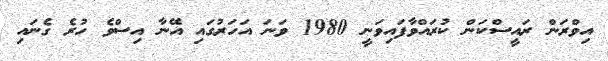
އިވްރަން ރައީސްކަން ކުރައްވާފައިވަނީ 1980 ވަނަ އަހަރުގައި އޭނާ އިސްވެ ހުރެ ގެނައި